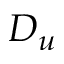
D _ { u }